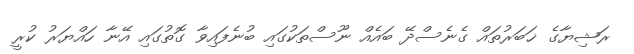
ރަޝިޔާގެ ޚަބަރުތައް ގެނެސްދޭ ބައެއް ނޫސްތަކުގައި ބުނެފައިވާ ގޮތުގައި އޭނާ ހައްޔަރު ކުރީ